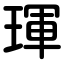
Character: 琿